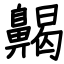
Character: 齃